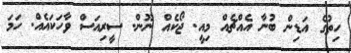
ހިތުގެ އަޑިން ބުނާ އެއްޗެއް މިއީ. ޖޯކެއް ނޫން. ސީރިއަސް ވާހަކައެއް. ހަމަ